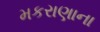
મકરાણાના